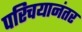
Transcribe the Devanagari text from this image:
परिचयानंतर